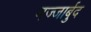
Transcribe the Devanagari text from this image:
मज्जार्बुद